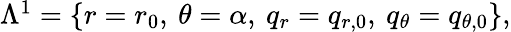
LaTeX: \begin{array}{r}{\Lambda^{1}=\{ r=r_{0},\: \theta=\alpha,\: q_{r}=q_{r,0},\: q_{\theta}=q_{\theta,0}\} ,}\end{array}